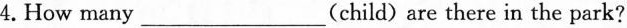
4.How many ___ (child) are there in the park?